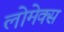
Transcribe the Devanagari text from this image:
लोमेक्स